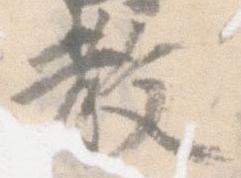
教